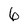
Character: 6